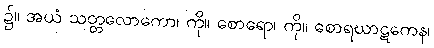
၌။ အယံ သတ္တလောကော၊ ကို။ စောရော၊ ကို။ စောရဃာဋကေန၊